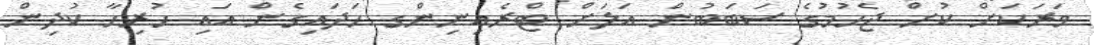
ވަރަކަށް ކުށް ޖެހުމުގެ ސަބަބުން އަލަށް ޓްރެއިނިންގ ހަދައިގެން އައި ހުރިހާ ކުދިން